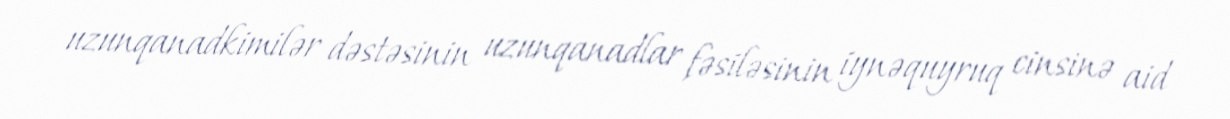
uzunqanadkimilər dəstəsinin uzunqanadlar fəsiləsinin i̇ynəquyruq cinsinə aid